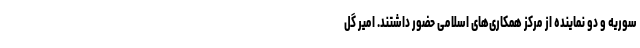
سوریه و دو نماینده از مرکز همکاری‌های اسلامی حضور داشتند. امیر گل